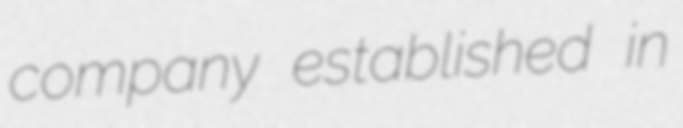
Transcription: company established in